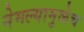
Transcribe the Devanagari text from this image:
नेमल्यामुळेच